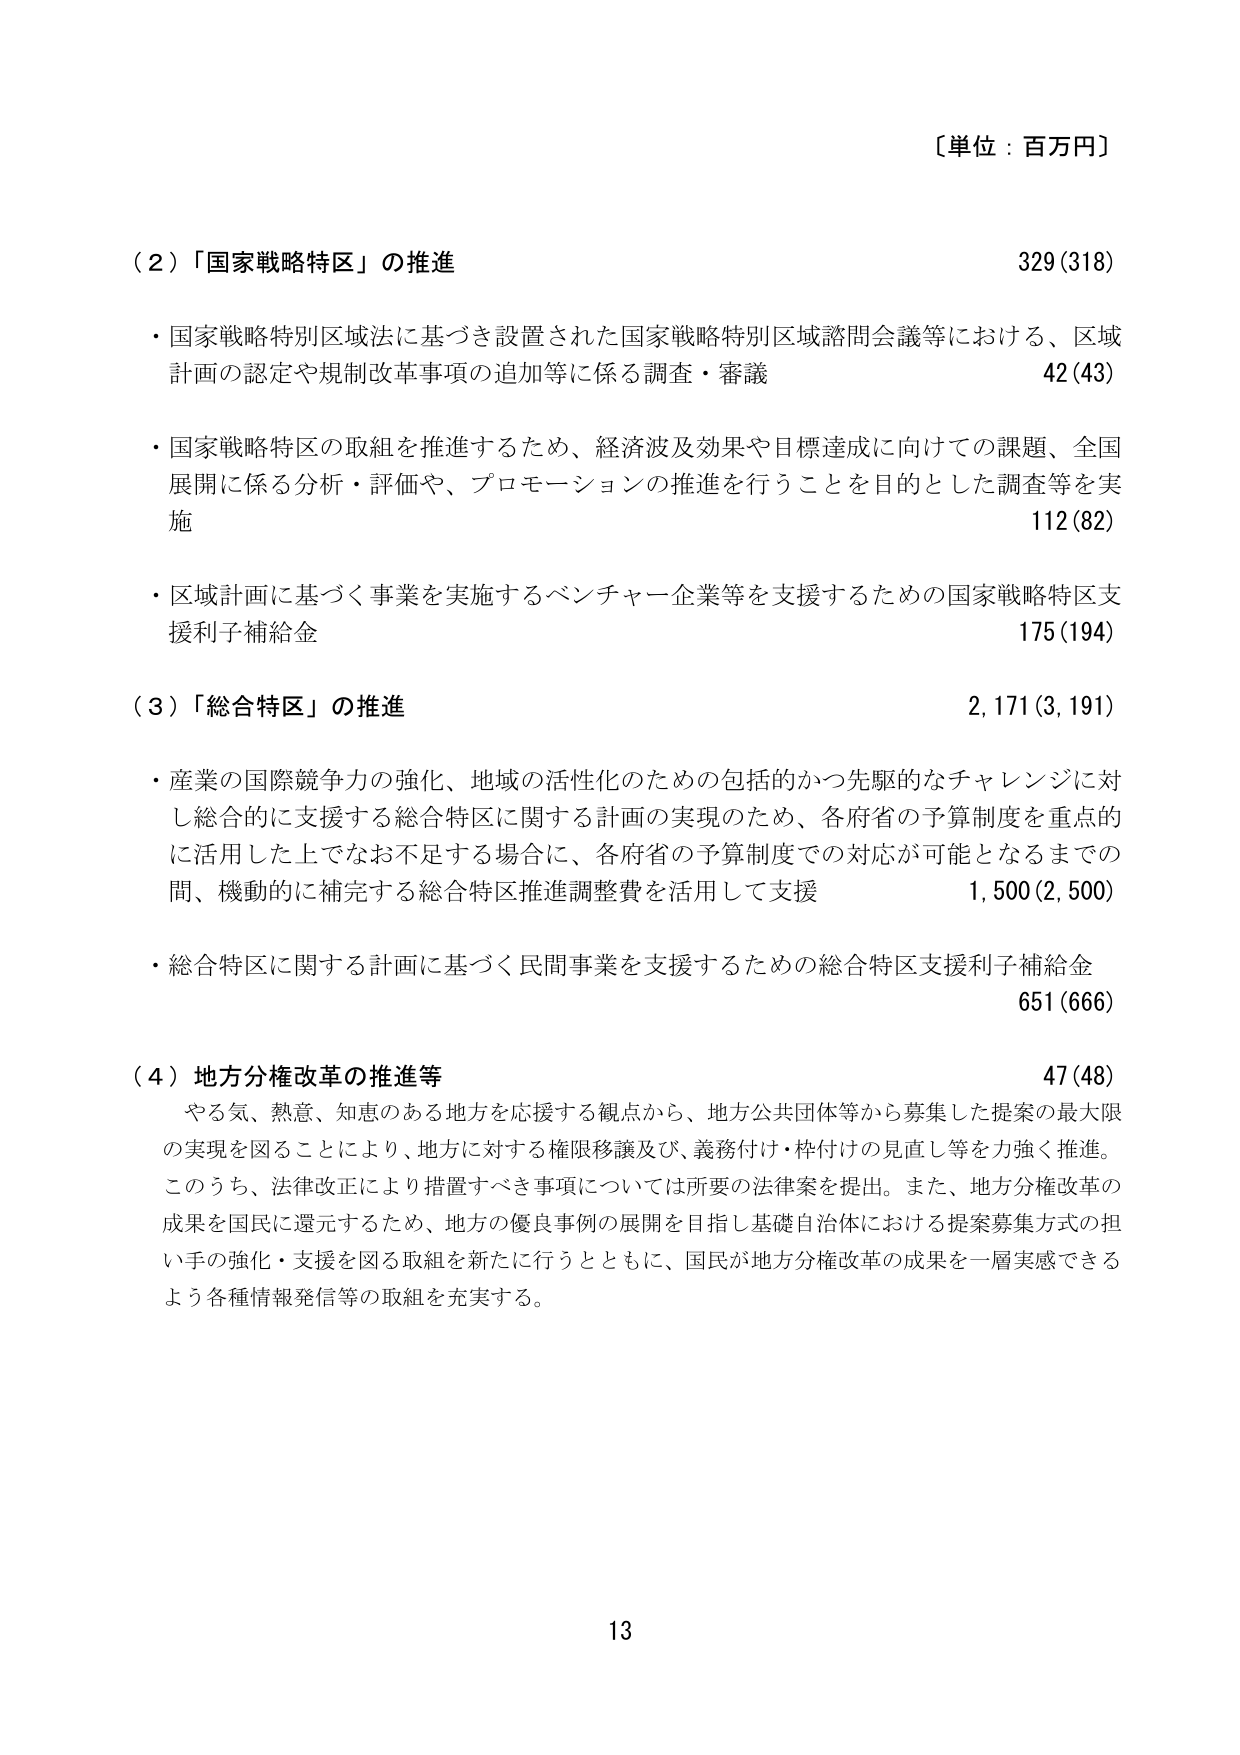
〔単位：百万円〕

（２）「国家戦略特区」の推進